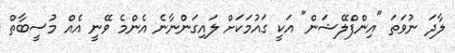
ލާދަ ނުވަތަ "އިންފްލޭޝަން" އަކީ ގައުމަކަށް ލައިގަންނާނެ އެންމެ ވޭނީ އެއް މުސީބާތް